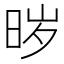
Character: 𱢁